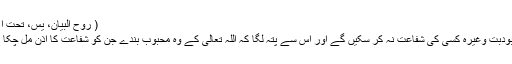
( روح البیان، یس، تحت الآیۃ: ۲۳-۲۴، ۷ / ۳۸۵، ملتقطاً)
اس سے معلوم ہوا کہ جھوٹے معبودبت وغیرہ کسی کی شفاعت نہ کر سکیں گے اور اس سے پتہ لگا کہ اللہ تعالیٰ کے وہ محبوب بندے جن کو شفاعت کا اِذن مل چکا ہے وہ ضرور شفاعت کریں گے۔